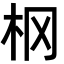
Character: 㭎